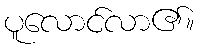
ပူလောင်လာ၏။